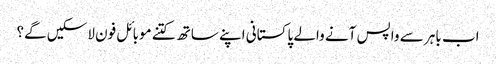
اب باہر سے واپس آنے والے پاکستانی اپنے ساتھ کتنے موبائل فون لاسکیں گے؟